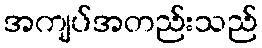
အကျပ်အတည်းသည်